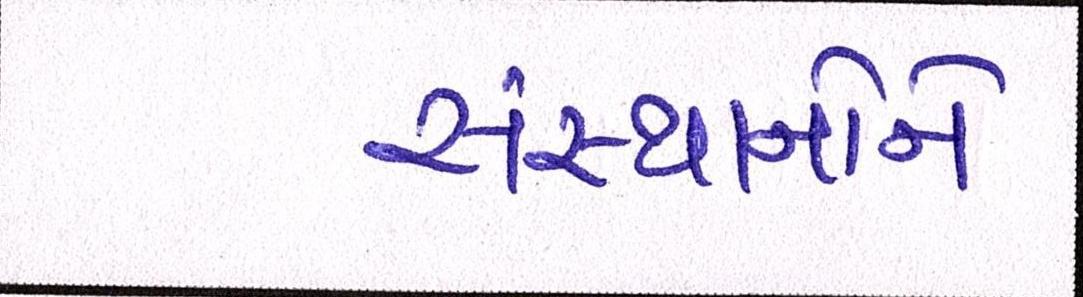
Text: સંસ્થાનોને